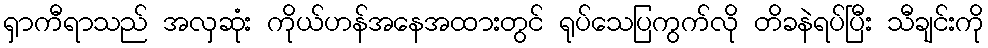
ရှာကီရာသည် အလှဆုံး ကိုယ်ဟန်အနေအထားတွင် ရုပ်သေပြကွက်လို တိခနဲရပ်ပြီး သီချင်းကို